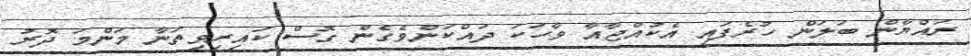
ރައްޔާން ބަލަން ހުރެފައި އެކުއްޖާއާ ވާހަކަ ދައްކަންވެގެން ގޮސް ކައިރިވިތަނާ މަންމަ ދޮރު